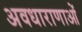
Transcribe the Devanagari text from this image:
अवधाराणाओं